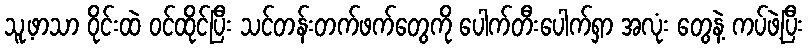
သူ့ဖာသာ ဝိုင်းထဲ ဝင်ထိုင်ပြီး သင်တန်းတက်ဖက်တွေကို ပေါက်တီးပေါက်ရှာ အလုံး တွေနဲ့ ကပ်ဖဲ့ပြီး